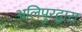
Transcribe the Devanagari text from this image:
अलिपुरद्वारा